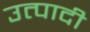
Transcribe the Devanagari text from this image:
उत्पादी